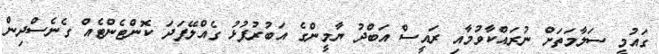
ގައުމީ ސަލާމަތަށް ނުރައްކާވުމާއި ރައީސް އަބްދު ޔާމީންގެ އަބުރުފުޅު ގެއްލޭފަދަ ކޮންޓެންޓެއް ގެނެސްދިން